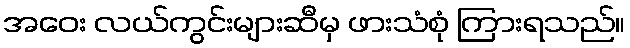
အဝေး လယ်ကွင်းများဆီမှ ဖားသံစုံ ကြားရသည်။